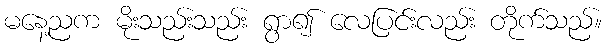
မနေ့ညက မိုးသည်းသည်း ရွာ၍ လေပြင်းလည်း တိုက်သည်။